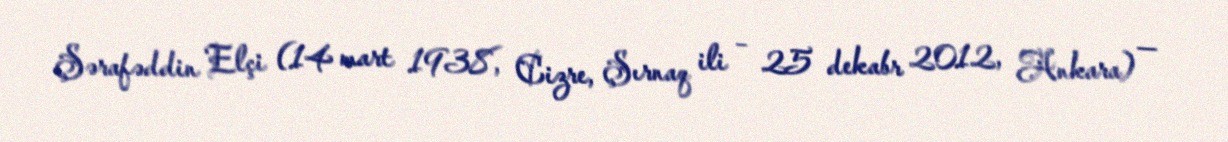
Şərafəddin Elçi (14 mart 1938, Cizre, Şırnaq ili – 25 dekabr 2012, Ankara) —